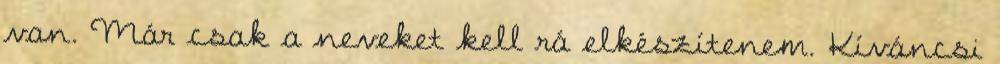
van. Már csak a neveket kell rá elkészítenem. Kíváncsi